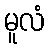
မူလံ